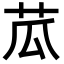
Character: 苽